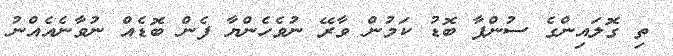
ތި ގޮލައިންގެ ސުންޕާ ބޮޑު ކަމުން ވާރޭ ނުވެހެންޔާ ފެން ބޮޑެއް ނުވާނެއެއްނު